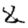
Digit: 8